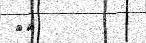
٢٧